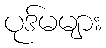
ပုဒ်မများ